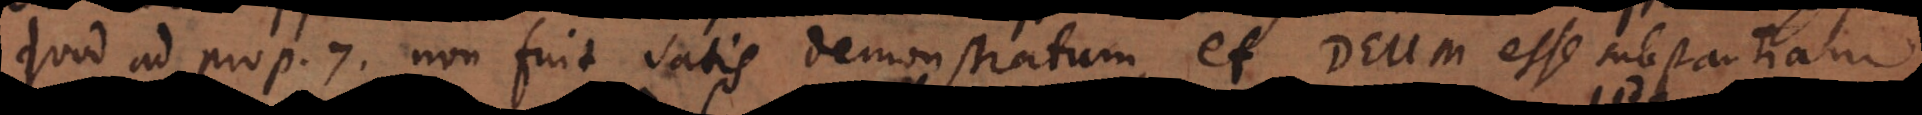
quod ad prop. 7 non fuit satis demonstratum, et Deum esse substantiam